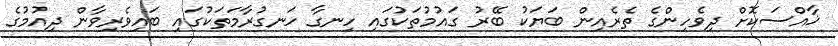
ޚާއްސަކޮށް ދިވެހިންގެ ތެރެއިން ބަޔަކު ބޭރު ގައުމުތަކުގައި ހިނގާ ހަނގުރާމަތަކުގައި ބައިވެރިވާން ދިއުމުގެ